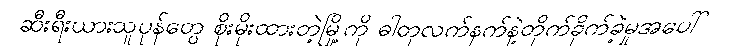
ဆီးရီးယားသူပုန်တွေ စိုးမိုးထားတဲ့မြို့ကို ဓါတုလက်နက်နဲ့တိုက်ခိုက်ခဲ့မှုအပေါ်